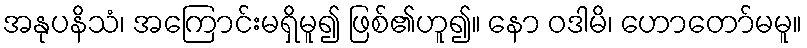
အနုပနိသံ၊ အကြောင်းမရှိမူ၍ ဖြစ်၏ဟူ၍။ နော ဝဒါမိ၊ ဟောတော်မမူ။